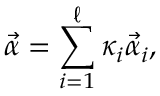
\vec { \alpha } = \sum _ { i = 1 } ^ { \ell } { \kappa } _ { i } \vec { \alpha } _ { i } ,